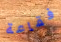
فقاعة